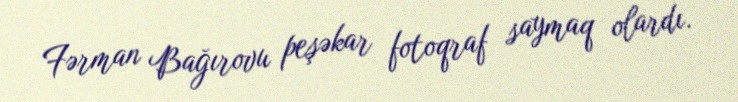
Fərman Bağırovu peşəkar fotoqraf saymaq olardı.